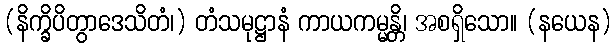
(နိက္ခိပိတွာဒေသိတံ၊) တံသမုဋ္ဌာနံ ကာယကမ္မန္တိ၊ အစရှိသော။ (နယေန)